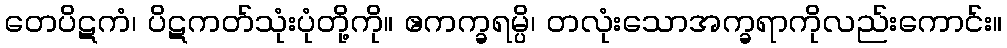
တေပိဋကံ၊ ပိဋကတ်သုံးပုံတို့ကို။ ဧကက္ခရမ္ပိ၊ တလုံးသောအက္ခရာကိုလည်းကောင်း။